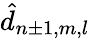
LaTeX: \hat{d}_{n\pm 1,m,l}